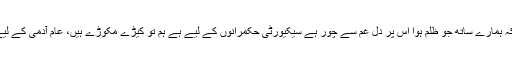
زینب کے والد نے کہاکہ ہمارے ساتھ جو ظلم ہوا اس پر دل غم سے چور ہے ٗسیکیورٹی حکمرانوں کے لیے ہے ہم تو کیڑے مکوڑے ہیں، عام آدمی کے لیے کوئی تحفظ نہیں ہے۔